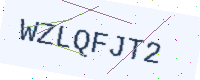
Text: WZLQFJT2